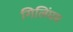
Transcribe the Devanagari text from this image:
गिलिंघम